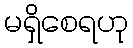
မရှိစေရဟု